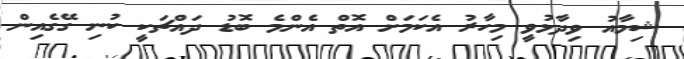
ޝިމާއު ވިދާޅުވީ މިހާރު އެކަމަށް އޮތް އެންމެ ބޮޑު ދައްޗަކީ ކުނި ގޭގެއިން